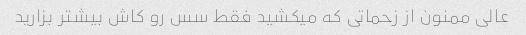
عالی ممنون از زحماتی که میکشید فقط سس رو کاش بیشتر بزارید